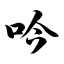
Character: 吟